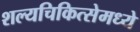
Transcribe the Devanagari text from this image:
शल्यचिकित्सेमध्ये